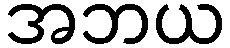
အဘယ